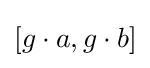
[g\cdot a,g\cdot b]